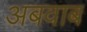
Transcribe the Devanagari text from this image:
अबवाब